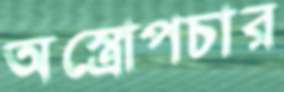
অস্ত্রোপচার